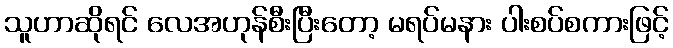
သူဟာဆိုရင် လေအဟုန်စီးပြီးတော့ မရပ်မနား ပါးစပ်စကားဖြင့်